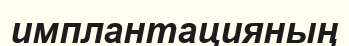
имплантацияның